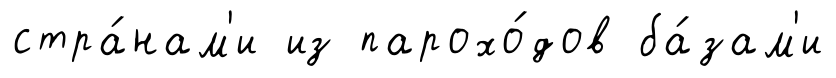
стра́нам'и из парохо́дов ба́зам'и